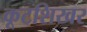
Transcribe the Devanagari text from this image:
कूटशिखर